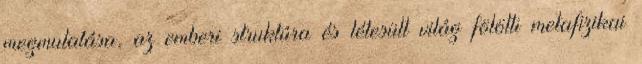
megmutatása, az emberi struktúra és létesült világ fölötti metafizikai